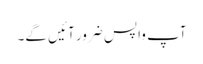
آپ واپس ضرور آئیں گے۔